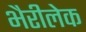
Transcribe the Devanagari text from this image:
भैरीलेक